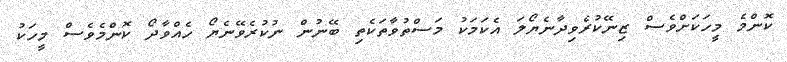
ކޮންމެ މީހަކަށްވެސް ޒިނޭކުރެވިދާނެޔޯލަ އެކަމަކު މަސްތުވާތަކެތި ބޭނުން ނުކުރެވޭނެޔޯ ހެއްވާދޯ ކޮންމެވެސް މީހަކު